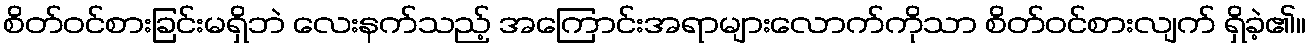
စိတ်ဝင်စားခြင်းမရှိဘဲ လေးနက်သည့် အကြောင်းအရာများလောက်ကိုသာ စိတ်ဝင်စားလျက် ရှိခဲ့၏။